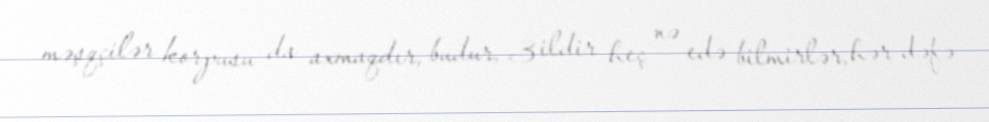
məşqçilər korpusu da axmaqdır, budur, 3 ildir heç nə edə bilmirlər, hər dəfə